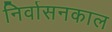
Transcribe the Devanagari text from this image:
निर्वासनकाल